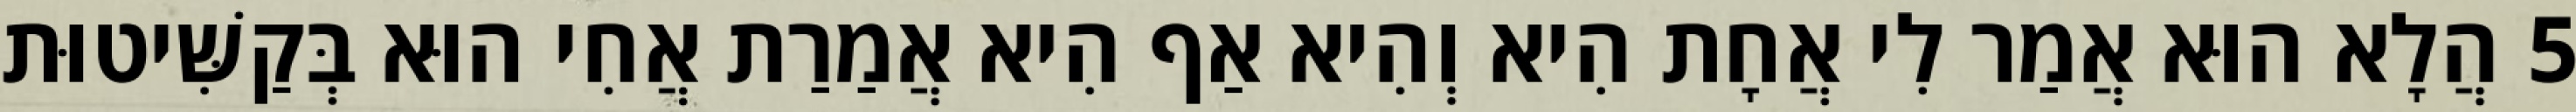
5 הֲלָא הוּא אֲמַר לִי אֲחָת הִיא וְהִיא אַף הִיא אֲמַרַת אֲחִי הוּא בְּקַשִּׁיטוּת